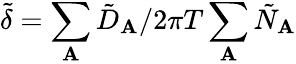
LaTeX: \tilde{\delta}=\sum_{\mathbf{A}}\tilde{D}_{\mathbf{A}}/2\pi T\sum_{\mathbf{A}}\tilde{N}_{\mathbf{A}}